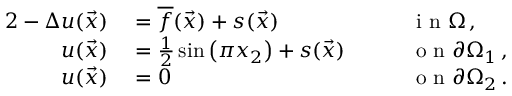
\begin{array} { r l r l } { { 2 } - \Delta u ( \vec { x } ) } & { { } = \overline { { f } } ( \vec { x } ) + s ( \vec { x } ) \quad } & { } & { { } \mathrm { ~ i ~ n ~ } \Omega \, , } \\ { u ( \vec { x } ) } & { { } = \frac { 1 } { 2 } \sin \left( \pi x _ { 2 } \right) + s ( \vec { x } ) \quad } & { } & { { } \mathrm { ~ o ~ n ~ } \partial \Omega _ { 1 } \, , } \\ { u ( \vec { x } ) } & { { } = 0 \quad } & { } & { { } \mathrm { ~ o ~ n ~ } \partial \Omega _ { 2 } \, . } \end{array}